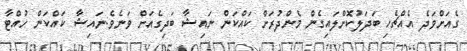
ގެއަށްވަދެ އެއްޗެހި ބަދަލުކޮށްލައިގެން މެންދުރަށް ކައްކަން ނައިޝާ ބަދިގެއަށް ވަނެވެ.ނައިޝާ ކައްކަން ހުއްޓާ